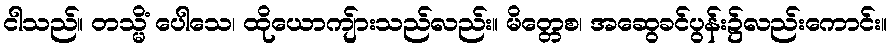
ငါသည်။ တသ္မိံ ပေါသေ၊ ထိုယောကျ်ားသည်လည်း။ မိတ္တေစ၊ အဆွေခင်ပွန်း၌လည်းကောင်း။